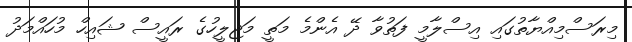
މިރަސްމިއްޔާތުގައި އިސްލާމީ ފަތުވާ ދޭ އެންމެ މަތީ މަޖިލީހުގެ ރައީސް ޝައިހް މުހައްމަދު